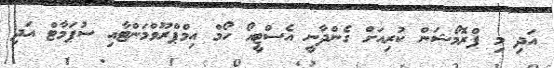
އަދި މި ޕްރޮމޯޝަން ކުރިއަށް ގެންދާނީ އެސްޓީއޯ ހޯމް އިމްޕްރޫވްމަންޓާއި ސުޕަމާޓް އަދި